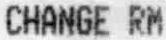
CHANGE RM